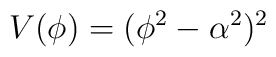
V(\phi )=(\phi^{2}-\alpha^{2})^{2}